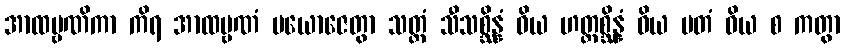
အာထဗ္ဗဏိကာ ကိရ အာထဗ္ဗဏံ ပယောဇေတွာ သတ္တံ သီသစ္ဆိန္နံ ဝိယ ဟတ္ထစ္ဆိန္နံ ဝိယ မတံ ဝိယ စ ကတွာ